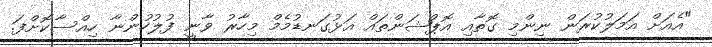
"އެއަށް އަމަލުކުރަން ނިންމި ގޮތާއި އޮޕްޝަންތައް އަޅުގަނޑުމެމް މިހާރު ވާނީ ފުލުހުންނާ ހިއްސާކޮށްފަ.